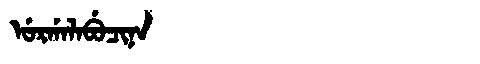
Manchu: ᡠᡵᡤᠠᠯᠠᠪᡠᠴᡳᠨᠠ
Romanization: URGALABUCINA